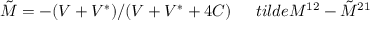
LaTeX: \tilde { M } = - ( V + V ^ { * } ) / ( V + V ^ { * } + 4 C ) \ \ \ \ \, t i l d e { M } ^ { 1 2 } - \tilde { M } ^ { 2 1 }